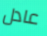
عادل